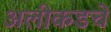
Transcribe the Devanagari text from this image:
अलीकडचे